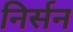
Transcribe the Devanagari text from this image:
निर्सन